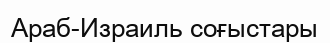
Араб-Израиль соғыстары